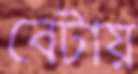
বেটায়